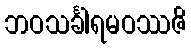
ဘဝသင်္ခါရမဝဿဇိ